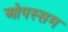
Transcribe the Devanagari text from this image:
ओपस्सम